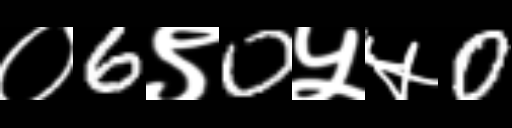
Text: ०6९0५५0